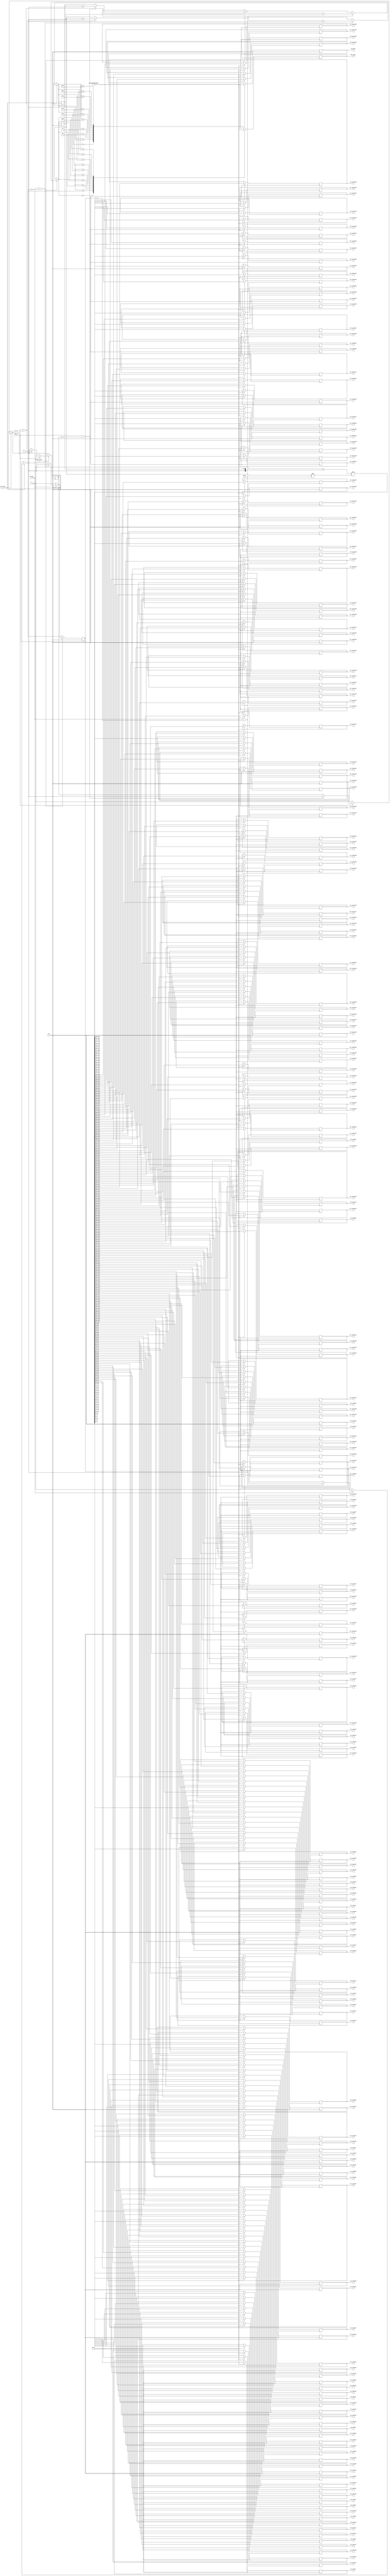
`define N 9		/*        */
`define N2 17   /*       - 1     K*2      (      )*/
`define K 8		//  1   N
`define BIT 8	//         ,  17   5

module select_data_225(
	clk,
	sw_on,			//       
	sw_sel_data,	//   
	sw_sel_router,	//       
	key_inc,			//   
	key_dec,			//   
	
	out_router1,	//     .
	out_router2,	//        
	out_router3,
	out_router4,
	out_router5,
	out_router6,
	out_router7,
	out_router8,
	out_router9,
	out_router10,
	out_router11,
	out_router12,
	out_router13,
	out_router14,
	out_router15,
	out_router16,
	out_router17,
	out_router18,
	out_router19,
	out_router20,
	out_router21,
	out_router22,
	out_router23,
	out_router24,
	out_router25,
	out_router26,
	out_router27,
	out_router28,
	out_router29,
	out_router30,
	out_router31,
	out_router32,
	out_router33,
	out_router34,
	out_router35,
	out_router36,
	out_router37,
	out_router38,
	out_router39,
	out_router40,
	out_router41,
	out_router42,
	out_router43,
	out_router44,
	out_router45,
	out_router46,
	out_router47,
	out_router48,
	out_router49,
	out_router50,
	out_router51,
	out_router52,
	out_router53,
	out_router54,
	out_router55,
	out_router56,
	out_router57,
	out_router58,
	out_router59,
	out_router60,
	out_router61,
	out_router62,
	out_router63,
	out_router64,
	out_router65,
	out_router66,
	out_router67,
	out_router68,
	out_router69,
	out_router70,
	out_router71,
	out_router72,
	out_router73,
	out_router74,
	out_router75,
	out_router76,
	out_router77,
	out_router78,
	out_router79,
	out_router80,
	out_router81,
	out_router82,
	out_router83,
	out_router84,
	out_router85,
	out_router86,
	out_router87,
	out_router88,
	out_router89,
	out_router90,
	out_router91,
	out_router92,
	out_router93,
	out_router94,
	out_router95,
	out_router96,
	out_router97,
	out_router98,
	out_router99,
	out_router100,
	out_router101,
	out_router102,
	out_router103,
	out_router104,
	out_router105,
	out_router106,
	out_router107,
	out_router108,
	out_router109,
	out_router110,
	out_router111,
	out_router112,
	out_router113,
	out_router114,
	out_router115,
	out_router116,
	out_router117,
	out_router118,
	out_router119,
	out_router120,
	out_router121,
	out_router122,
	out_router123,
	out_router124,
	out_router125,
	out_router126,
	out_router127,
	out_router128,
	out_router129,
	out_router130,
	out_router131,
	out_router132,
	out_router133,
	out_router134,
	out_router135,
	out_router136,
	out_router137,
	out_router138,
	out_router139,
	out_router140,
	out_router141,
	out_router142,
	out_router143,
	out_router144,
	out_router145,
	out_router146,
	out_router147,
	out_router148,
	out_router149,
	out_router150,
	out_router151,
	out_router152,
	out_router153,
	out_router154,
	out_router155,
	out_router156,
	out_router157,
	out_router158,
	out_router159,
	out_router160,
	out_router161,
	out_router162,
	out_router163,
	out_router164,
	out_router165,
	out_router166,
	out_router167,
	out_router168,
	out_router169,
	out_router170,
	out_router171,
	out_router172,
	out_router173,
	out_router174,
	out_router175,
	out_router176,
	out_router177,
	out_router178,
	out_router179,
	out_router180,
	out_router181,
	out_router182,
	out_router183,
	out_router184,
	out_router185,
	out_router186,
	out_router187,
	out_router188,
	out_router189,
	out_router190,
	out_router191,
	out_router192,
	out_router193,
	out_router194,
	out_router195,
	out_router196,
	out_router197,
	out_router198,
	out_router199,
	out_router200,
	out_router201,
	out_router202,
	out_router203,
	out_router204,
	out_router205,
	out_router206,
	out_router207,
	out_router208,
	out_router209,
	out_router210,
	out_router211,
	out_router212,
	out_router213,
	out_router214,
	out_router215,
	out_router216,
	out_router217,
	out_router218,
	out_router219,
	out_router220,
	out_router221,
	out_router222,
	out_router223,
	out_router224,
	out_router225,
	
	hex_data,
	hex_router
	
);
	input clk;
	input sw_on;
	input sw_sel_data;
	input sw_sel_router;
	input key_inc;
	input key_dec;
	
	output reg[`N2 - 1:0] out_router1;
	output reg[`N2 - 1:0] out_router2;
	output reg[`N2 - 1:0] out_router3;
	output reg[`N2 - 1:0] out_router4;
	output reg[`N2 - 1:0] out_router5;
	output reg[`N2 - 1:0] out_router6;
	output reg[`N2 - 1:0] out_router7;
	output reg[`N2 - 1:0] out_router8;
	output reg[`N2 - 1:0] out_router9;
	output reg[`N2 - 1:0] out_router10;
	output reg[`N2 - 1:0] out_router11;
	output reg[`N2 - 1:0] out_router12;
	output reg[`N2 - 1:0] out_router13;
	output reg[`N2 - 1:0] out_router14;
	output reg[`N2 - 1:0] out_router15;
	output reg[`N2 - 1:0] out_router16;
	output reg[`N2 - 1:0] out_router17;
	output reg[`N2 - 1:0] out_router18;
	output reg[`N2 - 1:0] out_router19;
	output reg[`N2 - 1:0] out_router20;
	output reg[`N2 - 1:0] out_router21;
	output reg[`N2 - 1:0] out_router22;
	output reg[`N2 - 1:0] out_router23;
	output reg[`N2 - 1:0] out_router24;
	output reg[`N2 - 1:0] out_router25;
	output reg[`N2 - 1:0] out_router26;
	output reg[`N2 - 1:0] out_router27;
	output reg[`N2 - 1:0] out_router28;
	output reg[`N2 - 1:0] out_router29;
	output reg[`N2 - 1:0] out_router30;
	output reg[`N2 - 1:0] out_router31;
	output reg[`N2 - 1:0] out_router32;
	output reg[`N2 - 1:0] out_router33;
	output reg[`N2 - 1:0] out_router34;
	output reg[`N2 - 1:0] out_router35;
	output reg[`N2 - 1:0] out_router36;
	output reg[`N2 - 1:0] out_router37;
	output reg[`N2 - 1:0] out_router38;
	output reg[`N2 - 1:0] out_router39;
	output reg[`N2 - 1:0] out_router40;
	output reg[`N2 - 1:0] out_router41;
	output reg[`N2 - 1:0] out_router42;
	output reg[`N2 - 1:0] out_router43;
	output reg[`N2 - 1:0] out_router44;
	output reg[`N2 - 1:0] out_router45;
	output reg[`N2 - 1:0] out_router46;
	output reg[`N2 - 1:0] out_router47;
	output reg[`N2 - 1:0] out_router48;
	output reg[`N2 - 1:0] out_router49;
	output reg[`N2 - 1:0] out_router50;
	output reg[`N2 - 1:0] out_router51;
	output reg[`N2 - 1:0] out_router52;
	output reg[`N2 - 1:0] out_router53;
	output reg[`N2 - 1:0] out_router54;
	output reg[`N2 - 1:0] out_router55;
	output reg[`N2 - 1:0] out_router56;
	output reg[`N2 - 1:0] out_router57;
	output reg[`N2 - 1:0] out_router58;
	output reg[`N2 - 1:0] out_router59;
	output reg[`N2 - 1:0] out_router60;
	output reg[`N2 - 1:0] out_router61;
	output reg[`N2 - 1:0] out_router62;
	output reg[`N2 - 1:0] out_router63;
	output reg[`N2 - 1:0] out_router64;
	output reg[`N2 - 1:0] out_router65;
	output reg[`N2 - 1:0] out_router66;
	output reg[`N2 - 1:0] out_router67;
	output reg[`N2 - 1:0] out_router68;
	output reg[`N2 - 1:0] out_router69;
	output reg[`N2 - 1:0] out_router70;
	output reg[`N2 - 1:0] out_router71;
	output reg[`N2 - 1:0] out_router72;
	output reg[`N2 - 1:0] out_router73;
	output reg[`N2 - 1:0] out_router74;
	output reg[`N2 - 1:0] out_router75;
	output reg[`N2 - 1:0] out_router76;
	output reg[`N2 - 1:0] out_router77;
	output reg[`N2 - 1:0] out_router78;
	output reg[`N2 - 1:0] out_router79;
	output reg[`N2 - 1:0] out_router80;
	output reg[`N2 - 1:0] out_router81;
	output reg[`N2 - 1:0] out_router82;
	output reg[`N2 - 1:0] out_router83;
	output reg[`N2 - 1:0] out_router84;
	output reg[`N2 - 1:0] out_router85;
	output reg[`N2 - 1:0] out_router86;
	output reg[`N2 - 1:0] out_router87;
	output reg[`N2 - 1:0] out_router88;
	output reg[`N2 - 1:0] out_router89;
	output reg[`N2 - 1:0] out_router90;
	output reg[`N2 - 1:0] out_router91;
	output reg[`N2 - 1:0] out_router92;
	output reg[`N2 - 1:0] out_router93;
	output reg[`N2 - 1:0] out_router94;
	output reg[`N2 - 1:0] out_router95;
	output reg[`N2 - 1:0] out_router96;
	output reg[`N2 - 1:0] out_router97;
	output reg[`N2 - 1:0] out_router98;
	output reg[`N2 - 1:0] out_router99;
	output reg[`N2 - 1:0] out_router100;
	output reg[`N2 - 1:0] out_router101;
	output reg[`N2 - 1:0] out_router102;
	output reg[`N2 - 1:0] out_router103;
	output reg[`N2 - 1:0] out_router104;
	output reg[`N2 - 1:0] out_router105;
	output reg[`N2 - 1:0] out_router106;
	output reg[`N2 - 1:0] out_router107;
	output reg[`N2 - 1:0] out_router108;
	output reg[`N2 - 1:0] out_router109;
	output reg[`N2 - 1:0] out_router110;
	output reg[`N2 - 1:0] out_router111;
	output reg[`N2 - 1:0] out_router112;
	output reg[`N2 - 1:0] out_router113;
	output reg[`N2 - 1:0] out_router114;
	output reg[`N2 - 1:0] out_router115;
	output reg[`N2 - 1:0] out_router116;
	output reg[`N2 - 1:0] out_router117;
	output reg[`N2 - 1:0] out_router118;
	output reg[`N2 - 1:0] out_router119;
	output reg[`N2 - 1:0] out_router120;
	output reg[`N2 - 1:0] out_router121;
	output reg[`N2 - 1:0] out_router122;
	output reg[`N2 - 1:0] out_router123;
	output reg[`N2 - 1:0] out_router124;
	output reg[`N2 - 1:0] out_router125;
	output reg[`N2 - 1:0] out_router126;
	output reg[`N2 - 1:0] out_router127;
	output reg[`N2 - 1:0] out_router128;
	output reg[`N2 - 1:0] out_router129;
	output reg[`N2 - 1:0] out_router130;
	output reg[`N2 - 1:0] out_router131;
	output reg[`N2 - 1:0] out_router132;
	output reg[`N2 - 1:0] out_router133;
	output reg[`N2 - 1:0] out_router134;
	output reg[`N2 - 1:0] out_router135;
	output reg[`N2 - 1:0] out_router136;
	output reg[`N2 - 1:0] out_router137;
	output reg[`N2 - 1:0] out_router138;
	output reg[`N2 - 1:0] out_router139;
	output reg[`N2 - 1:0] out_router140;
	output reg[`N2 - 1:0] out_router141;
	output reg[`N2 - 1:0] out_router142;
	output reg[`N2 - 1:0] out_router143;
	output reg[`N2 - 1:0] out_router144;
	output reg[`N2 - 1:0] out_router145;
	output reg[`N2 - 1:0] out_router146;
	output reg[`N2 - 1:0] out_router147;
	output reg[`N2 - 1:0] out_router148;
	output reg[`N2 - 1:0] out_router149;
	output reg[`N2 - 1:0] out_router150;
	output reg[`N2 - 1:0] out_router151;
	output reg[`N2 - 1:0] out_router152;
	output reg[`N2 - 1:0] out_router153;
	output reg[`N2 - 1:0] out_router154;
	output reg[`N2 - 1:0] out_router155;
	output reg[`N2 - 1:0] out_router156;
	output reg[`N2 - 1:0] out_router157;
	output reg[`N2 - 1:0] out_router158;
	output reg[`N2 - 1:0] out_router159;
	output reg[`N2 - 1:0] out_router160;
	output reg[`N2 - 1:0] out_router161;
	output reg[`N2 - 1:0] out_router162;
	output reg[`N2 - 1:0] out_router163;
	output reg[`N2 - 1:0] out_router164;
	output reg[`N2 - 1:0] out_router165;
	output reg[`N2 - 1:0] out_router166;
	output reg[`N2 - 1:0] out_router167;
	output reg[`N2 - 1:0] out_router168;
	output reg[`N2 - 1:0] out_router169;
	output reg[`N2 - 1:0] out_router170;
	output reg[`N2 - 1:0] out_router171;
	output reg[`N2 - 1:0] out_router172;
	output reg[`N2 - 1:0] out_router173;
	output reg[`N2 - 1:0] out_router174;
	output reg[`N2 - 1:0] out_router175;
	output reg[`N2 - 1:0] out_router176;
	output reg[`N2 - 1:0] out_router177;
	output reg[`N2 - 1:0] out_router178;
	output reg[`N2 - 1:0] out_router179;
	output reg[`N2 - 1:0] out_router180;
	output reg[`N2 - 1:0] out_router181;
	output reg[`N2 - 1:0] out_router182;
	output reg[`N2 - 1:0] out_router183;
	output reg[`N2 - 1:0] out_router184;
	output reg[`N2 - 1:0] out_router185;
	output reg[`N2 - 1:0] out_router186;
	output reg[`N2 - 1:0] out_router187;
	output reg[`N2 - 1:0] out_router188;
	output reg[`N2 - 1:0] out_router189;
	output reg[`N2 - 1:0] out_router190;
	output reg[`N2 - 1:0] out_router191;
	output reg[`N2 - 1:0] out_router192;
	output reg[`N2 - 1:0] out_router193;
	output reg[`N2 - 1:0] out_router194;
	output reg[`N2 - 1:0] out_router195;
	output reg[`N2 - 1:0] out_router196;
	output reg[`N2 - 1:0] out_router197;
	output reg[`N2 - 1:0] out_router198;
	output reg[`N2 - 1:0] out_router199;
	output reg[`N2 - 1:0] out_router200;
	output reg[`N2 - 1:0] out_router201;
	output reg[`N2 - 1:0] out_router202;
	output reg[`N2 - 1:0] out_router203;
	output reg[`N2 - 1:0] out_router204;
	output reg[`N2 - 1:0] out_router205;
	output reg[`N2 - 1:0] out_router206;
	output reg[`N2 - 1:0] out_router207;
	output reg[`N2 - 1:0] out_router208;
	output reg[`N2 - 1:0] out_router209;
	output reg[`N2 - 1:0] out_router210;
	output reg[`N2 - 1:0] out_router211;
	output reg[`N2 - 1:0] out_router212;
	output reg[`N2 - 1:0] out_router213;
	output reg[`N2 - 1:0] out_router214;
	output reg[`N2 - 1:0] out_router215;
	output reg[`N2 - 1:0] out_router216;
	output reg[`N2 - 1:0] out_router217;
	output reg[`N2 - 1:0] out_router218;
	output reg[`N2 - 1:0] out_router219;
	output reg[`N2 - 1:0] out_router220;
	output reg[`N2 - 1:0] out_router221;
	output reg[`N2 - 1:0] out_router222;
	output reg[`N2 - 1:0] out_router223;
	output reg[`N2 - 1:0] out_router224;
	output reg[`N2 - 1:0] out_router225;
	
	output reg[6:0] hex_data;
	output reg[6:0] hex_router;
	
	reg[`N2-2:0] data = `K'b00000;
	reg[`N2-2:0] router = `BIT'b00000;
	reg flag_key_inc = 1'b0;
	reg flag_key_dec = 1'b0;
	
	reg[3824:0] out_to_router;  //    N*  
	
	always@(posedge clk)
	begin
		if(sw_on == 1'b1)
		begin
			out_to_router = (3825'b0 + {1'b1, data}) << router*`N2;
			
			out_router1 = out_to_router[16:0];
			out_router2 = out_to_router[33:17];
			out_router3 = out_to_router[50:34];
			out_router4 = out_to_router[67:51];
			out_router5 = out_to_router[84:68];
			out_router6 = out_to_router[101:85];
			out_router7 = out_to_router[118:102];
			out_router8 = out_to_router[135:119];
			out_router9 = out_to_router[152:136];
			out_router10 = out_to_router[169:153];
			out_router11 = out_to_router[186:170];
			out_router12 = out_to_router[203:187];
			out_router13 = out_to_router[220:204];
			out_router14 = out_to_router[237:221];
			out_router15 = out_to_router[254:238];
			out_router16 = out_to_router[271:255];
			out_router17 = out_to_router[288:272];
			out_router18 = out_to_router[305:289];
			out_router19 = out_to_router[322:306];
			out_router20 = out_to_router[339:323];
			out_router21 = out_to_router[356:340];
			out_router22 = out_to_router[373:357];
			out_router23 = out_to_router[390:374];
			out_router24 = out_to_router[407:391];
			out_router25 = out_to_router[424:408];
			out_router26 = out_to_router[441:425];
			out_router27 = out_to_router[458:442];
			out_router28 = out_to_router[475:459];
			out_router29 = out_to_router[492:476];
			out_router30 = out_to_router[509:493];
			out_router31 = out_to_router[526:510];
			out_router32 = out_to_router[543:527];
			out_router33 = out_to_router[560:544];
			out_router34 = out_to_router[577:561];
			out_router35 = out_to_router[594:578];
			out_router36 = out_to_router[611:595];
			out_router37 = out_to_router[628:612];
			out_router38 = out_to_router[645:629];
			out_router39 = out_to_router[662:646];
			out_router40 = out_to_router[679:663];
			out_router41 = out_to_router[696:680];
			out_router42 = out_to_router[713:697];
			out_router43 = out_to_router[730:714];
			out_router44 = out_to_router[747:731];
			out_router45 = out_to_router[764:748];
			out_router46 = out_to_router[781:765];
			out_router47 = out_to_router[798:782];
			out_router48 = out_to_router[815:799];
			out_router49 = out_to_router[832:816];
			out_router50 = out_to_router[849:833];
			out_router51 = out_to_router[866:850];
			out_router52 = out_to_router[883:867];
			out_router53 = out_to_router[900:884];
			out_router54 = out_to_router[917:901];
			out_router55 = out_to_router[934:918];
			out_router56 = out_to_router[951:935];
			out_router57 = out_to_router[968:952];
			out_router58 = out_to_router[985:969];
			out_router59 = out_to_router[1002:986];
			out_router60 = out_to_router[1019:1003];
			out_router61 = out_to_router[1036:1020];
			out_router62 = out_to_router[1053:1037];
			out_router63 = out_to_router[1070:1054];
			out_router64 = out_to_router[1087:1071];
			out_router65 = out_to_router[1104:1088];
			out_router66 = out_to_router[1121:1105];
			out_router67 = out_to_router[1138:1122];
			out_router68 = out_to_router[1155:1139];
			out_router69 = out_to_router[1172:1156];
			out_router70 = out_to_router[1189:1173];
			out_router71 = out_to_router[1206:1190];
			out_router72 = out_to_router[1223:1207];
			out_router73 = out_to_router[1240:1224];
			out_router74 = out_to_router[1257:1241];
			out_router75 = out_to_router[1274:1258];
			out_router76 = out_to_router[1291:1275];
			out_router77 = out_to_router[1308:1292];
			out_router78 = out_to_router[1325:1309];
			out_router79 = out_to_router[1342:1326];
			out_router80 = out_to_router[1359:1343];
			out_router81 = out_to_router[1376:1360];
			out_router82 = out_to_router[1393:1377];
			out_router83 = out_to_router[1410:1394];
			out_router84 = out_to_router[1427:1411];
			out_router85 = out_to_router[1444:1428];
			out_router86 = out_to_router[1461:1445];
			out_router87 = out_to_router[1478:1462];
			out_router88 = out_to_router[1495:1479];
			out_router89 = out_to_router[1512:1496];
			out_router90 = out_to_router[1529:1513];
			out_router91 = out_to_router[1546:1530];
			out_router92 = out_to_router[1563:1547];
			out_router93 = out_to_router[1580:1564];
			out_router94 = out_to_router[1597:1581];
			out_router95 = out_to_router[1614:1598];
			out_router96 = out_to_router[1631:1615];
			out_router97 = out_to_router[1648:1632];
			out_router98 = out_to_router[1665:1649];
			out_router99 = out_to_router[1682:1666];
			out_router100 = out_to_router[1699:1683];
			out_router101 = out_to_router[1716:1700];
			out_router102 = out_to_router[1733:1717];
			out_router103 = out_to_router[1750:1734];
			out_router104 = out_to_router[1767:1751];
			out_router105 = out_to_router[1784:1768];
			out_router106 = out_to_router[1801:1785];
			out_router107 = out_to_router[1818:1802];
			out_router108 = out_to_router[1835:1819];
			out_router109 = out_to_router[1852:1836];
			out_router110 = out_to_router[1869:1853];
			out_router111 = out_to_router[1886:1870];
			out_router112 = out_to_router[1903:1887];
			out_router113 = out_to_router[1920:1904];
			out_router114 = out_to_router[1937:1921];
			out_router115 = out_to_router[1954:1938];
			out_router116 = out_to_router[1971:1955];
			out_router117 = out_to_router[1988:1972];
			out_router118 = out_to_router[2005:1989];
			out_router119 = out_to_router[2022:2006];
			out_router120 = out_to_router[2039:2023];
			out_router121 = out_to_router[2056:2040];
			out_router122 = out_to_router[2073:2057];
			out_router123 = out_to_router[2090:2074];
			out_router124 = out_to_router[2107:2091];
			out_router125 = out_to_router[2124:2108];
			out_router126 = out_to_router[2141:2125];
			out_router127 = out_to_router[2158:2142];
			out_router128 = out_to_router[2175:2159];
			out_router129 = out_to_router[2192:2176];
			out_router130 = out_to_router[2209:2193];
			out_router131 = out_to_router[2226:2210];
			out_router132 = out_to_router[2243:2227];
			out_router133 = out_to_router[2260:2244];
			out_router134 = out_to_router[2277:2261];
			out_router135 = out_to_router[2294:2278];
			out_router136 = out_to_router[2311:2295];
			out_router137 = out_to_router[2328:2312];
			out_router138 = out_to_router[2345:2329];
			out_router139 = out_to_router[2362:2346];
			out_router140 = out_to_router[2379:2363];
			out_router141 = out_to_router[2396:2380];
			out_router142 = out_to_router[2413:2397];
			out_router143 = out_to_router[2430:2414];
			out_router144 = out_to_router[2447:2431];
			out_router145 = out_to_router[2464:2448];
			out_router146 = out_to_router[2481:2465];
			out_router147 = out_to_router[2498:2482];
			out_router148 = out_to_router[2515:2499];
			out_router149 = out_to_router[2532:2516];
			out_router150 = out_to_router[2549:2533];
			out_router151 = out_to_router[2566:2550];
			out_router152 = out_to_router[2583:2567];
			out_router153 = out_to_router[2600:2584];
			out_router154 = out_to_router[2617:2601];
			out_router155 = out_to_router[2634:2618];
			out_router156 = out_to_router[2651:2635];
			out_router157 = out_to_router[2668:2652];
			out_router158 = out_to_router[2685:2669];
			out_router159 = out_to_router[2702:2686];
			out_router160 = out_to_router[2719:2703];
			out_router161 = out_to_router[2736:2720];
			out_router162 = out_to_router[2753:2737];
			out_router163 = out_to_router[2770:2754];
			out_router164 = out_to_router[2787:2771];
			out_router165 = out_to_router[2804:2788];
			out_router166 = out_to_router[2821:2805];
			out_router167 = out_to_router[2838:2822];
			out_router168 = out_to_router[2855:2839];
			out_router169 = out_to_router[2872:2856];
			out_router170 = out_to_router[2889:2873];
			out_router171 = out_to_router[2906:2890];
			out_router172 = out_to_router[2923:2907];
			out_router173 = out_to_router[2940:2924];
			out_router174 = out_to_router[2957:2941];
			out_router175 = out_to_router[2974:2958];
			out_router176 = out_to_router[2991:2975];
			out_router177 = out_to_router[3008:2992];
			out_router178 = out_to_router[3025:3009];
			out_router179 = out_to_router[3042:3026];
			out_router180 = out_to_router[3059:3043];
			out_router181 = out_to_router[3076:3060];
			out_router182 = out_to_router[3093:3077];
			out_router183 = out_to_router[3110:3094];
			out_router184 = out_to_router[3127:3111];
			out_router185 = out_to_router[3144:3128];
			out_router186 = out_to_router[3161:3145];
			out_router187 = out_to_router[3178:3162];
			out_router188 = out_to_router[3195:3179];
			out_router189 = out_to_router[3212:3196];
			out_router190 = out_to_router[3229:3213];
			out_router191 = out_to_router[3246:3230];
			out_router192 = out_to_router[3263:3247];
			out_router193 = out_to_router[3280:3264];
			out_router194 = out_to_router[3297:3281];
			out_router195 = out_to_router[3314:3298];
			out_router196 = out_to_router[3331:3315];
			out_router197 = out_to_router[3348:3332];
			out_router198 = out_to_router[3365:3349];
			out_router199 = out_to_router[3382:3366];
			out_router200 = out_to_router[3399:3383];
			out_router201 = out_to_router[3416:3400];
			out_router202 = out_to_router[3433:3417];
			out_router203 = out_to_router[3450:3434];
			out_router204 = out_to_router[3467:3451];
			out_router205 = out_to_router[3484:3468];
			out_router206 = out_to_router[3501:3485];
			out_router207 = out_to_router[3518:3502];
			out_router208 = out_to_router[3535:3519];
			out_router209 = out_to_router[3552:3536];
			out_router210 = out_to_router[3569:3553];
			out_router211 = out_to_router[3586:3570];
			out_router212 = out_to_router[3603:3587];
			out_router213 = out_to_router[3620:3604];
			out_router214 = out_to_router[3637:3621];
			out_router215 = out_to_router[3654:3638];
			out_router216 = out_to_router[3671:3655];
			out_router217 = out_to_router[3688:3672];
			out_router218 = out_to_router[3705:3689];
			out_router219 = out_to_router[3722:3706];
			out_router220 = out_to_router[3739:3723];
			out_router221 = out_to_router[3756:3740];
			out_router222 = out_to_router[3773:3757];
			out_router223 = out_to_router[3790:3774];
			out_router224 = out_to_router[3807:3791];
			out_router225 = out_to_router[3824:3808];
		end
		else
		begin
			out_to_router = 3825'b0;
		end
		
		if(sw_sel_data == 1'b1)
		begin
			if(key_inc == 1'b1 && flag_key_inc == 1'b0)
			begin
				data = data + 1'b1;
				flag_key_inc = 1'b1;
			end
			if(key_inc == 1'b0)
			begin
				flag_key_inc = 1'b0;
			end
			if(key_dec == 1'b1 && flag_key_dec == 1'b0)
			begin
				data = data - 1'b1;
				flag_key_dec = 1'b1;
			end
			if(key_dec == 1'b0)
			begin
				flag_key_dec = 1'b0;
			end
		end
		
		if(sw_sel_router == 1'b1)
		begin
			if(key_inc == 1'b1 && flag_key_inc == 1'b0)
			begin
				router = router + 1'b1;
				flag_key_inc = 1'b1;
			end
			if(key_inc == 1'b0)
			begin
				flag_key_inc = 1'b0;
			end
			if(key_dec == 1'b1 && flag_key_dec == 1'b0)
			begin
				router = router - 1'b1;
				flag_key_dec = 1'b1;
			end
			if(key_dec == 1'b0)
			begin
				flag_key_dec = 1'b0;
			end
		end

//================================================================================
//================================================================================
		case(data)
			5'b00000:
				hex_data = ~7'b1111110;		//0
			5'b00001:
				hex_data = ~7'b0110000;		//1
			5'b00010:
				hex_data = ~7'b1101101;		//2
			5'b00011:
				hex_data = ~7'b1111001;		//3
			5'b00100:
				hex_data = ~7'b0110011;		//4
			5'b00101:
				hex_data = ~7'b1011011;		//5
			5'b00110:
				hex_data = ~7'b1011111;		//6
			5'b00111:
				hex_data = ~7'b1110000;		//7
			5'b01000:
				hex_data = ~7'b1111111;		//8
			5'b01001:
				hex_data = ~7'b1111011;		//9
		endcase
		
		case(router)
			5'b00000:
				hex_router = ~7'b1111110;	//0
			5'b00001:
				hex_router = ~7'b0110000;	//1
			5'b00010:
				hex_router = ~7'b1101101;	//2
			5'b00011:
				hex_router = ~7'b1111001;	//3
			5'b00100:
				hex_router = ~7'b0110011;	//4
			5'b00101:
				hex_router = ~7'b1011011;	//5
			5'b00110:
				hex_router = ~7'b1011111;	//6
			5'b00111:
				hex_router = ~7'b1110000;	//7
			5'b01000:
				hex_router = ~7'b1111111;	//8
			5'b01001:
				hex_router = ~7'b1111011;	//9
		endcase
	end
	
endmodule